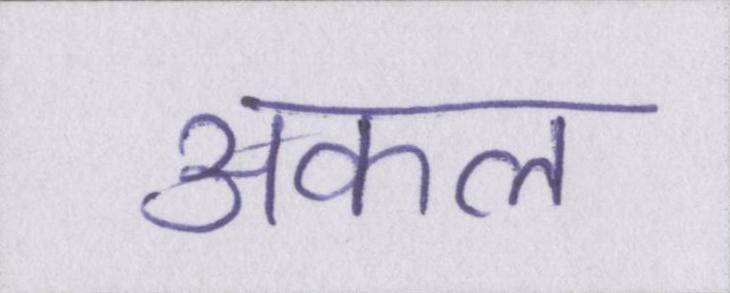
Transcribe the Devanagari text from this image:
अकल